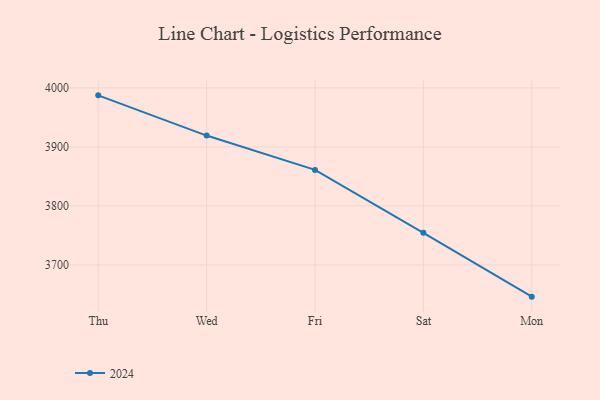
{"axis": {"x": "Day", "y": "Energy Usage (MWh)"}, "legend": ["2024"], "data": [{"x": "Thu", "y": 3987.4, "type": "2024"}, {"x": "Wed", "y": 3919.2, "type": "2024"}, {"x": "Fri", "y": 3861.0, "type": "2024"}, {"x": "Sat", "y": 3754.3, "type": "2024"}, {"x": "Mon", "y": 3646.1, "type": "2024"}]}